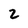
Character: 2